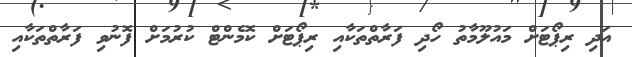
އަދި ރިޕޯޓަށް މައުލޫމާތު ހޯދި ފަރާތްތަކާއި ރިޕޯޓަށް ކޮމެންޓް ކުރުމަށް ފޮނުވި ފަރާތްތަކާއި